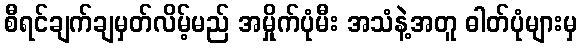
စီရင်ချက်ချမှတ်လိမ့်မည် အမှိုက်ပုံမီး အသံနဲ့အတူ ဓါတ်ပုံများမှ